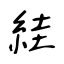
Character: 絓